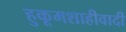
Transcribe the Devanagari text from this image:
हुकूमशाहीवादी